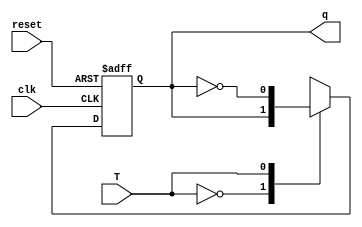
module tff(T, q, clk, reset);
input T, clk, reset;
output reg q;
always @(posedge clk or posedge reset)
begin
if (reset)
    q<=1'b0;
else begin
    case(T)
        1'b0: q<=q;
        1'b1: q<=~q;
endcase
end
end
endmodule

module q3 (
    a, clk, reset
);
    input clk, reset;
    output [2:0] a;

    tff s0((a[2]^a[1]), a[2], clk, reset);
    tff s1((a[0]^a[1]), a[1], clk, reset);
    tff s2(~(a[2]^a[0]), a[0], clk, reset);

endmodule